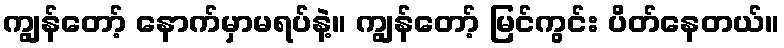
ကျွန်တော့် နောက်မှာမရပ်နဲ့။ ကျွန်တော့် မြင်ကွင်း ပိတ်နေတယ်။